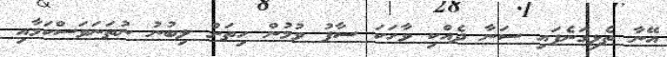
އޭނާ ތެޅިގަނެފައި ސަނާ ދެއްކި ވާހަކަ ސާފު ވުމުން ހިތަށް ލިބުނު ނުތަނަވަސްކަމާއި